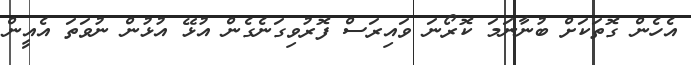
އެހެން ގޮތަކަށް ބުނާނަމަ ކޮރޯނަ ވައިރަސް ފޮރުވިގަނެގެން އުޅޭ އުޅުން ނުވަތަ އެއީން